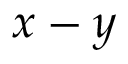
x - y